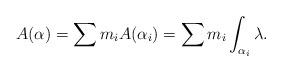
LaTeX: \begin{align*}A(\alpha)=\sum m_{i}A(\alpha_{i})=\sum m_{i}\int_{\alpha_{i}}\lambda. \end{align*}